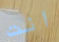
انت